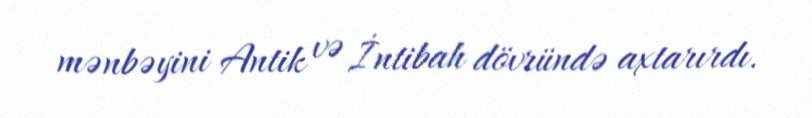
mənbəyini Antik və İntibah dövründə axtarırdı.